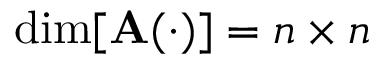
\dim [ \mathbf { A } ( \cdot ) ] = n \times n